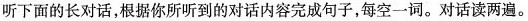
听下面的长对话,根据你所听到的对话内容完成句子,每空三词。对话读两遍。